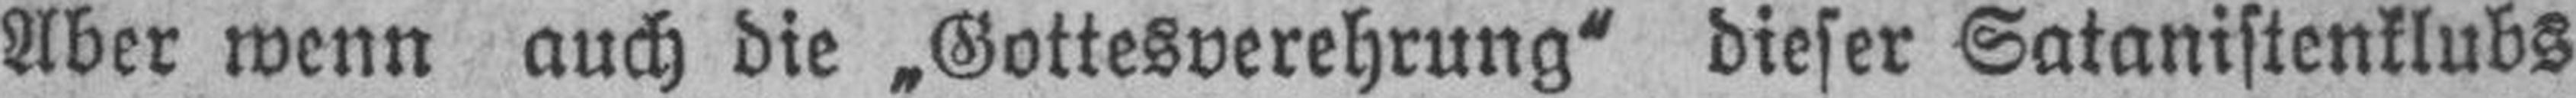
Aber wenn auch die „Gottesverehrung“ dieser Satanistenklubs